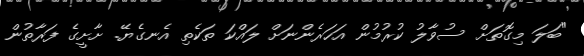
"ބަލަ މިގޮތަށް ސުވާލު ކުރުމުން އަހަރެންނަށް ލައްކަ ތަކެތި އެނގެޔޭ. ށާށީގެ ފަރާތުން